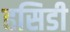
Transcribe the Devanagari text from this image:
हसिडी